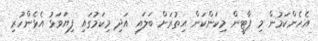
އެހެންކަމުން މި ޕާޓީން މިކަންކަން އިތުރަށް ބަލައި އަދި މިކަމުގައި ފިޔަވަޅު އެޅެންހުރި